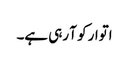
اتوار کو آ رہی ہے۔